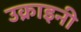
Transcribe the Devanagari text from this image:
उक्राइनी